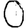
Digit: 0